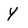
Character: Y